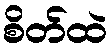
စိတ်ထဲ